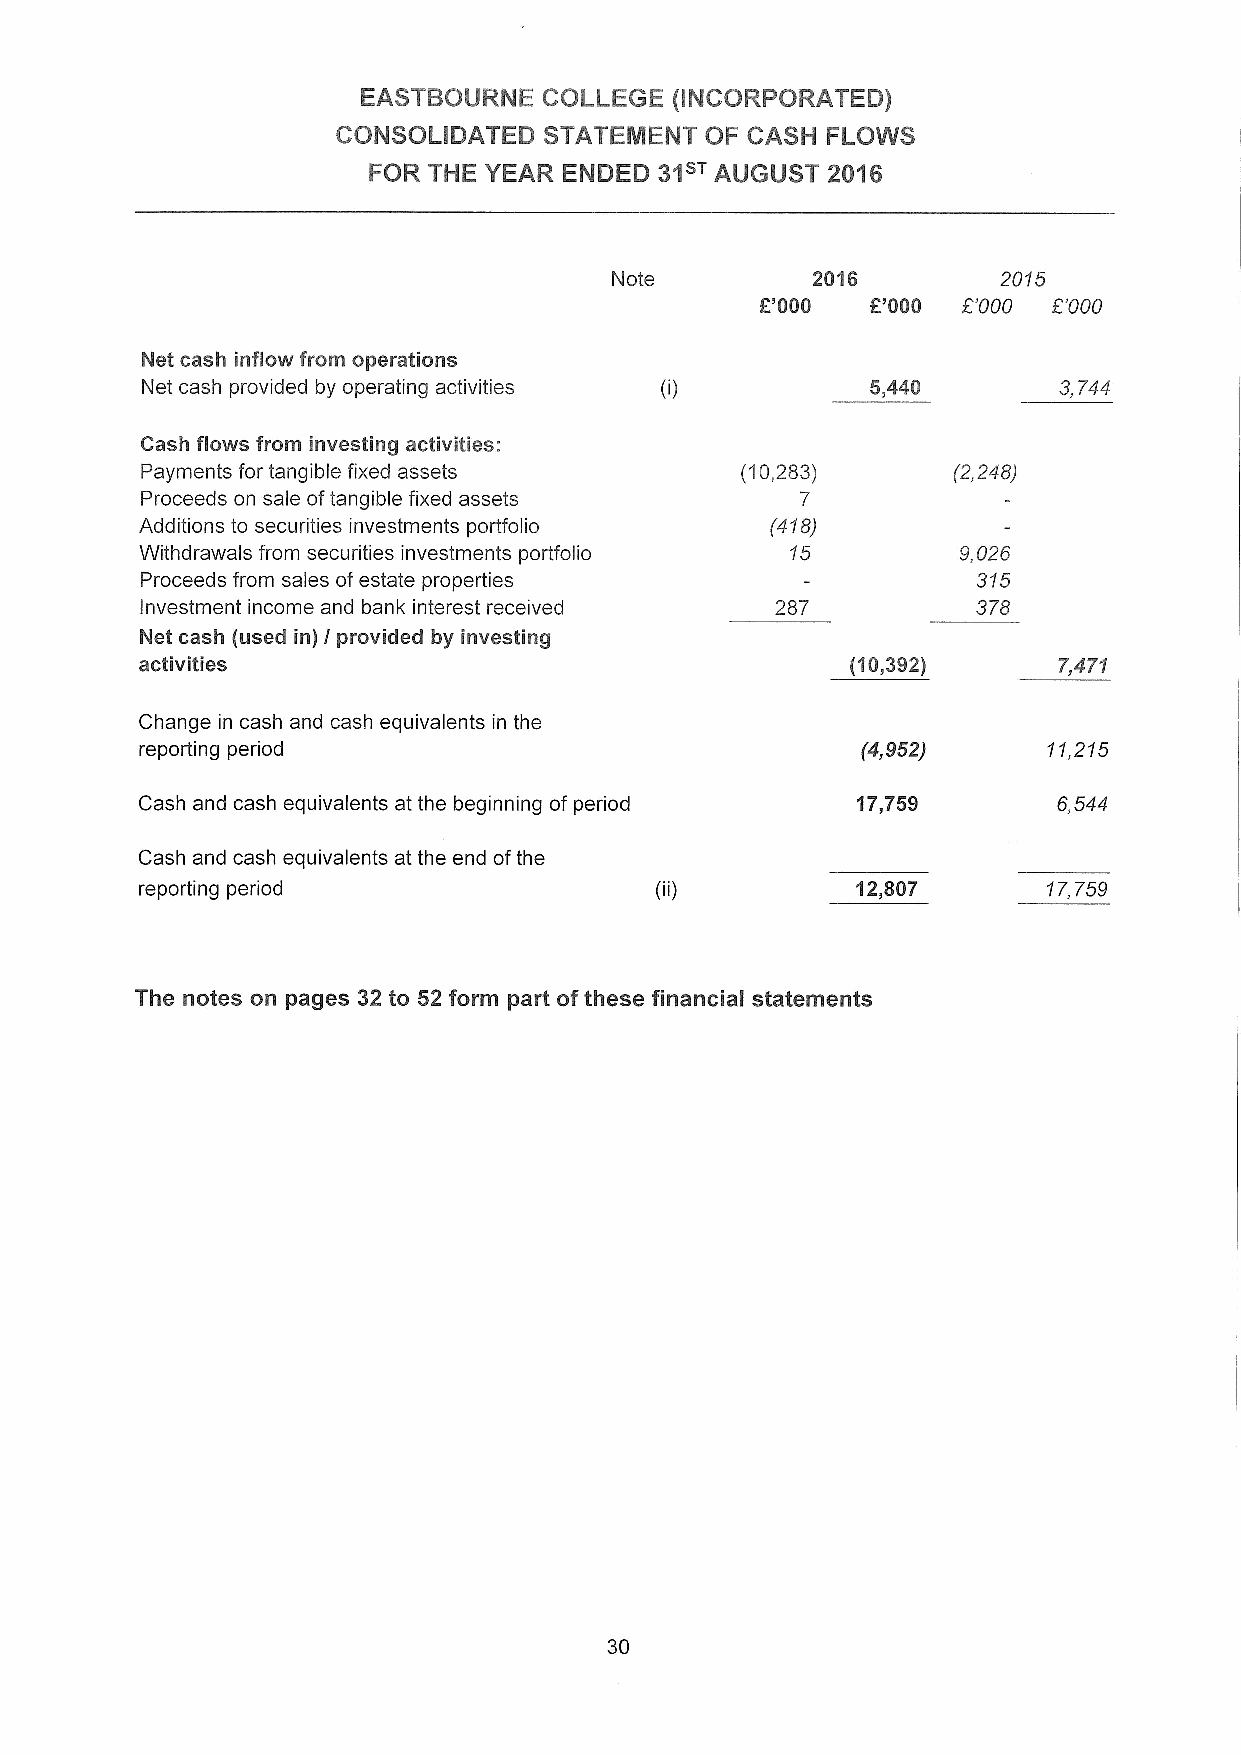
EASTBOURNE  COLLEGE (INCORPORATED)
 CONSOLIDATED  STATEMENT  OF CASH FLOWS
 FOR THE YEAR ENDED  31sTAUGUST 2016
 Note         2016        2015
 F'000   E'000 8'000 8'000
 Net cash inflow from operations
 Net cash provided by operating activities        5,440       3,744
 Cash flows from investing activities:
 Payments for tangible fixed assets      (10,283)      (2,248)
 Proceeds on sale oftangible fixed assets    7
 Additions to securities investments portfolio (418)
 Withdrawals from securities investments portfolio 15  9,026
 Proceeds from sales ofestate properties                 315
 Investment income and bank interest received 287        378
 Net. cash (used in) I provided by investing
 activities                                     (10,392)      7,471
 Change in cash and cash equivalents in the
 reporting period                                (4,952)     11,215
 Cash and cash equivalents at the beginning of period 17,759  6,544
 Cash and cash equivalents at the end ofthe
 reporting period                                12,807      17,759
 The notes on pages 32 to 52 form part ofthese financial statements
 30